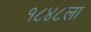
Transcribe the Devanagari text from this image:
१८४८ला